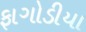
ફાગોડીયા